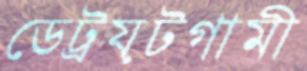
ডেট্রয়টগামী